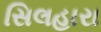
સિલહારા